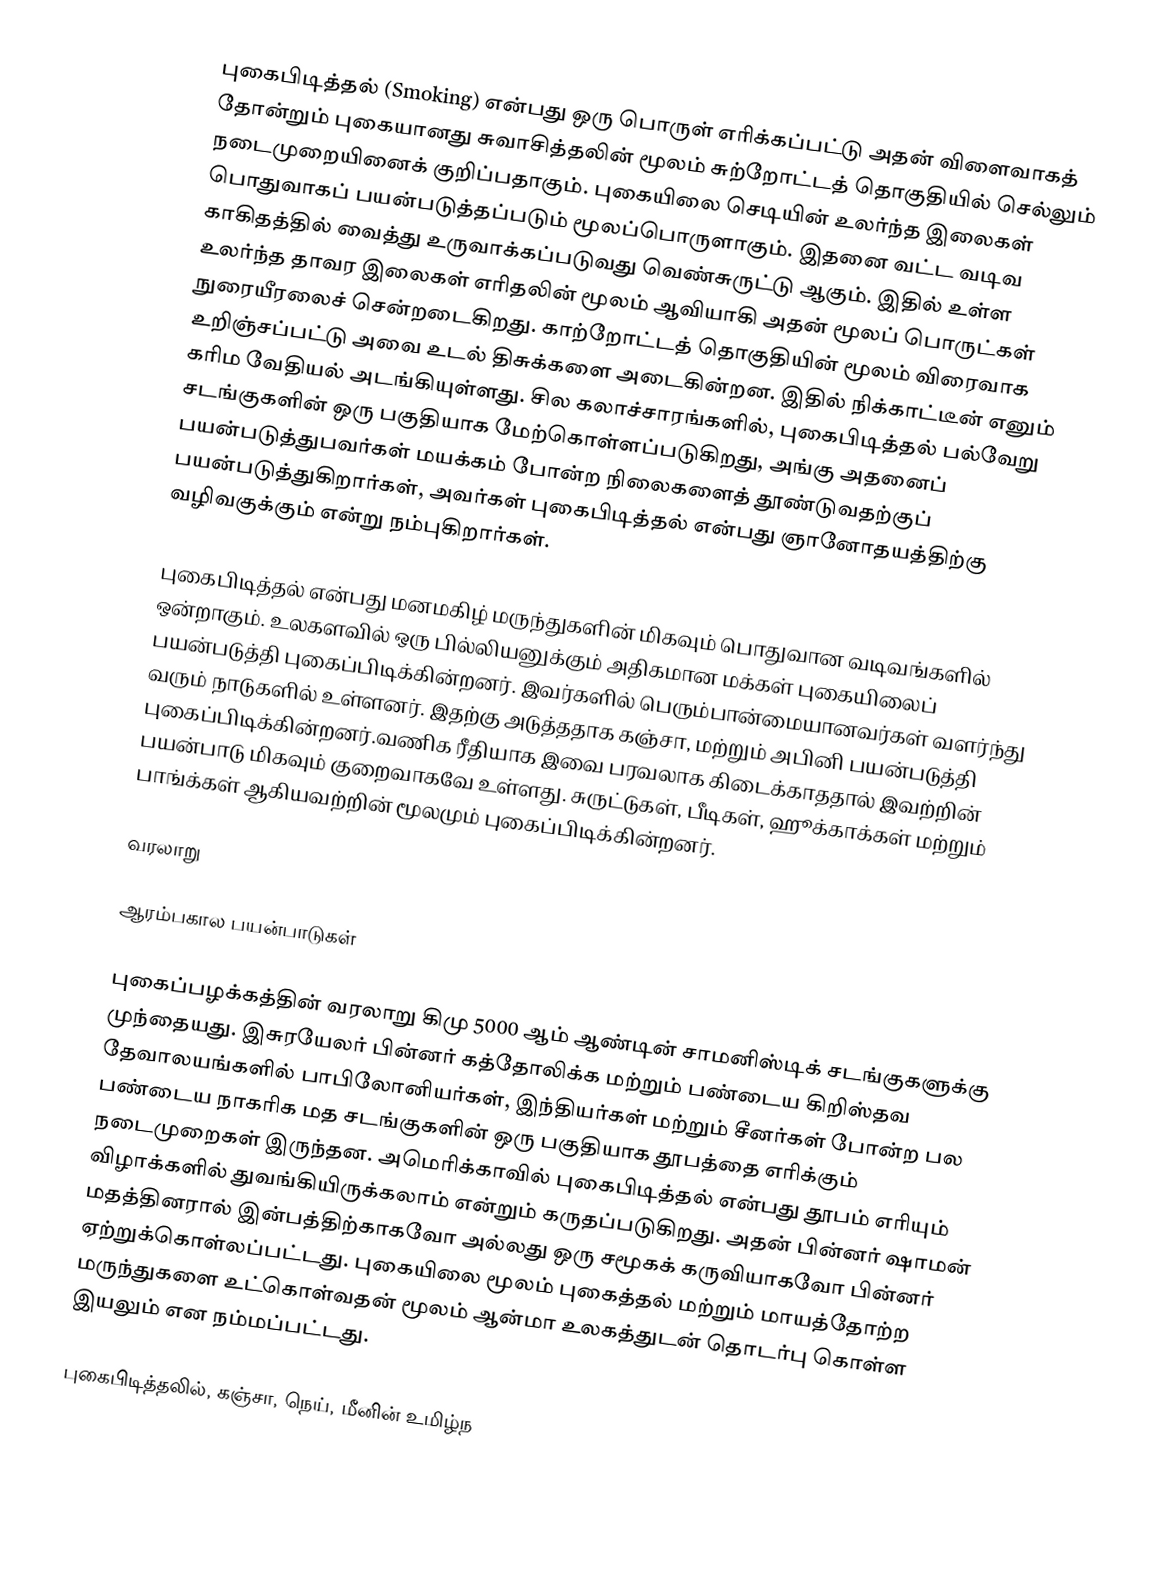
புகைபிடித்தல் (Smoking) என்பது ஒரு பொருள் எரிக்கப்பட்டு அதன் விளைவாகத் தோன்றும் புகையானது சுவாசித்தலின் மூலம் சுற்றோட்டத் தொகுதியில் செல்லும் நடைமுறையினைக் குறிப்பதாகும். புகையிலை செடியின் உலர்ந்த இலைகள் பொதுவாகப் பயன்படுத்தப்படும் மூலப்பொருளாகும். இதனை வட்ட வடிவ காகிதத்தில் வைத்து உருவாக்கப்படுவது வெண்சுருட்டு ஆகும். இதில் உள்ள உலர்ந்த தாவர இலைகள் எரிதலின் மூலம் ஆவியாகி அதன் மூலப் பொருட்கள் நுரையீரலைச் சென்றடைகிறது. காற்றோட்டத் தொகுதியின் மூலம் விரைவாக உறிஞ்சப்பட்டு அவை உடல் திசுக்களை அடைகின்றன. இதில் நிக்காட்டீன் எனும் கரிம வேதியல் அடங்கியுள்ளது. சில கலாச்சாரங்களில், புகைபிடித்தல் பல்வேறு சடங்குகளின் ஒரு பகுதியாக மேற்கொள்ளப்படுகிறது, அங்கு அதனைப் பயன்படுத்துபவர்கள் மயக்கம் போன்ற நிலைகளைத் தூண்டுவதற்குப் பயன்படுத்துகிறார்கள், அவர்கள் புகைபிடித்தல் என்பது ஞானோதயத்திற்கு வழிவகுக்கும் என்று  நம்புகிறார்கள்.

புகைபிடித்தல் என்பது மனமகிழ் மருந்துகளின் மிகவும் பொதுவான வடிவங்களில் ஒன்றாகும். உலகளவில் ஒரு பில்லியனுக்கும் அதிகமான மக்கள் புகையிலைப் பயன்படுத்தி புகைப்பிடிக்கின்றனர். இவர்களில் பெரும்பான்மையானவர்கள் வளர்ந்து வரும் நாடுகளில் உள்ளனர். இதற்கு அடுத்ததாக கஞ்சா, மற்றும் அபினி பயன்படுத்தி புகைப்பிடிக்கின்றனர்.வணிக ரீதியாக இவை பரவலாக கிடைக்காததால் இவற்றின் பயன்பாடு மிகவும் குறைவாகவே உள்ளது. சுருட்டுகள், பீடிகள், ஹூக்காக்கள் மற்றும் பாங்க்கள் ஆகியவற்றின் மூலமும் புகைப்பிடிக்கின்றனர்.

வரலாறு

ஆரம்பகால பயன்பாடுகள்

புகைப்பழக்கத்தின் வரலாறு கிமு 5000 ஆம் ஆண்டின் சாமனிஸ்டிக் சடங்குகளுக்கு முந்தையது. இசுரயேலர் பின்னர் கத்தோலிக்க மற்றும் பண்டைய கிறிஸ்தவ தேவாலயங்களில் பாபிலோனியர்கள், இந்தியர்கள் மற்றும் சீனர்கள் போன்ற பல பண்டைய நாகரிக மத சடங்குகளின் ஒரு பகுதியாக தூபத்தை எரிக்கும் நடைமுறைகள் இருந்தன. அமெரிக்காவில் புகைபிடித்தல் என்பது தூபம் எரியும் விழாக்களில் துவங்கியிருக்கலாம் என்றும் கருதப்படுகிறது. அதன் பின்னர் ஷாமன் மதத்தினரால் இன்பத்திற்காகவோ அல்லது ஒரு சமூகக் கருவியாகவோ பின்னர் ஏற்றுக்கொள்லப்பட்டது. புகையிலை மூலம் புகைத்தல் மற்றும் மாயத்தோற்ற மருந்துகளை உட்கொள்வதன் மூலம் ஆன்மா உலகத்துடன் தொடர்பு கொள்ள இயலும் என நம்மப்பட்டது.

புகைபிடித்தலில், கஞ்சா, நெய், மீனின் உமிழ்ந